Vaccination report Assam 1874-1896 - 1874-1896
Year: 1874
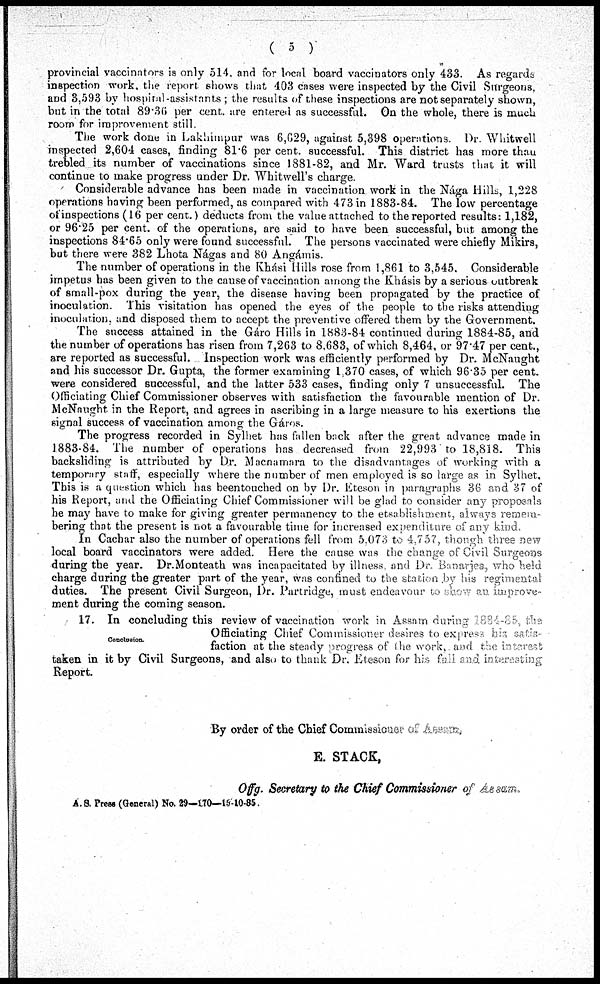
( 5 )
provincial vaccinators is only 514. and for local board vaccinators only 433. As regards
inspection work, the report shows that 403 cases were inspected by the Civil Surgeons,
and 3,593 by hospital-assistants ; the results of these inspections are not separately shown,
but in the total 89.36 per cent. are entered as successful. On the whole, there is much
room for improvement still.
The work done in Lakhimpur was 6,629, against 5,398 operations. Dr. Whitwell
inspected 2,604 cases, finding 81.6 per cent. successful. This district has more than
trebled its number of vaccinations since 1881-82, and Mr. Ward trusts that it will
continue to make progress under Dr. Whitwell's charge.
Considerable advance has been made in vaccination work in the Nága Hills, 1,228
operations having been performed, as compared with 473 in 1883-84. The low percentage
of inspections (16 per cent.) deducts from the value attached to the reported results: 1,182,
or 96.25 per cent. of the operations, are said to have been successful, but among the
inspections 84.65 only were found successful. The persons vaccinated were chiefly Mikirs,
but there were 382 Lhota Nágas and 80 Angámis.
The number of operations in the Khási Hills rose from 1,861 to 3,545. Considerable
impetus has been given to the cause of vaccination among the Khásis by a serious outbreak
of small-pox during the year, the disease having been propagated by the practice of
inoculation. This visitation has opened the eyes of the people to the risks attending
inoculation, and disposed them to accept the preventive offered them by the Government.
The success attained in the Gáro Hills in 1883-84 continued during 1884-85, and
the number of operations has risen from 7,263 to 8,683, of which 8,464, or 97.47 per cent.,
are reported as successful. Inspection work was efficiently performed by Dr. McNaught
and his successor Dr. Gupta, the former examining 1,370 cases, of which 96.35 per cent.
were considered successful, and the latter 533 cases, finding only 7 unsuccessful. The
Officiating Chief Commissioner observes with satisfaction the favourable mention of Dr.
McNaught in the Report, and agrees in ascribing in a large measure to his exertions the
signal success of vaccination among the Gáros.
The progress recorded in Sylhet has fallen back after the great advance made in
1883-84. The number of operations has decreased from 22,993 to 18,818. This
backsliding is attributed by Dr. Macnamara to the disadvantages of working with a
temporary staff, especially where the number of men employed is so large as in Sylhet,
This is a question which has beentouched on by Dr. Eteson in paragraphs 36 and 37 of
his Report, and the Officiating Chief Commissioner will be glad to consider any proposals
he may have to make for giving greater permanency to the etsablishment, always remem-
bering that the present is not a favourable time for increased expenditure of any kind
In Cachar also the number of operations fell from 5,073 to 4,757, though three new
local board vaccinators were added. Here the cause was the change of Civil Surgeons
during the year. Dr.Monteath was incapacitated by illness, and Dr. Banarjea, who held
charge during the greater part of the year, was confined to the station by his regimental
duties. The present Civil Surgeon, Dr. Partridge, must endeavour to show an improve-
ment during the coming season.
Conclusion.
17. In concluding this review of vaccination work in Assam during 1884-85, the
Officiating Chief Commissioner desires to express his satis-
faction at the steady progress of the work, and the interest
taken in it by Civil Surgeons, and also to thank Dr. Eteson for his full and interesting
Report.
By order of the Chief Commisaioner of Assam,
E. STACK,
Offg. Secretary to the Chief Commissioner of Aesam.
A. S. Press (General) No. 29—170—15-10-85.